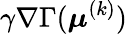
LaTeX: \gamma\nabla\Gamma(\boldsymbol{\mu}^{(k)})